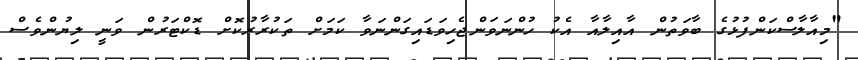
"މިއާލާސްކަންފުޅުގެ ބާވަތުން އާއިލާއާ އެކު ހުންނަވަންޖެހިވަޑައިގަންނަވާ ކަމަށް ތަކުރާރުކޮށް ޑޮކްޓަރުން ވަނީ ލިޔުންވެސް